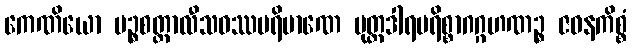
ကေဏိယော ပဉ္စစတ္တာလီသဝဿပရိမာဏေ ပုတ္တဒါရပရိစ္စာဂဂ္ဂဟဏဉ္စ ဇဝနကိစ္စံ